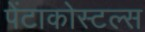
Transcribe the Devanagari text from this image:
पेंटाकोस्टल्स